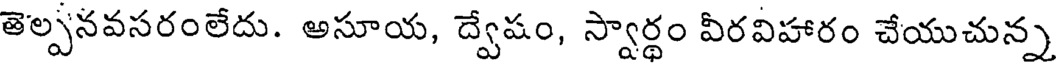
తెల్పనవసరంలేదు. అసూయ, ద్వేషం, స్వార్థం వీరవిహారం చేయుచున్న